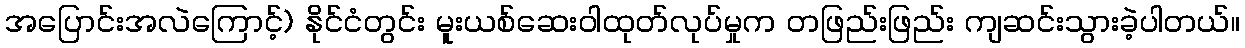
အပြောင်းအလဲကြောင့်) နိုင်ငံတွင်း မူးယစ်ဆေးဝါထုတ်လုပ်မှုက တဖြည်းဖြည်း ကျဆင်းသွားခဲ့ပါတယ်။